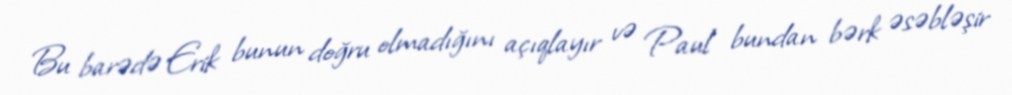
Bu barədə Erik bunun doğru olmadığını açıqlayır və Paul bundan bərk əsəbləşir